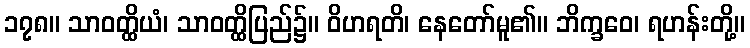
၁၇၈။ သာဝတ္ထိယံ၊ သာဝတ္ထိပြည်၌။ ဝိဟရတိ၊ နေတော်မူ၏။ ဘိက္ခဝေ၊ ရဟန်းတို့။